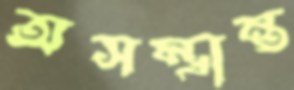
অসম্ভ্রান্ত